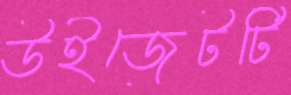
উইজেটটি